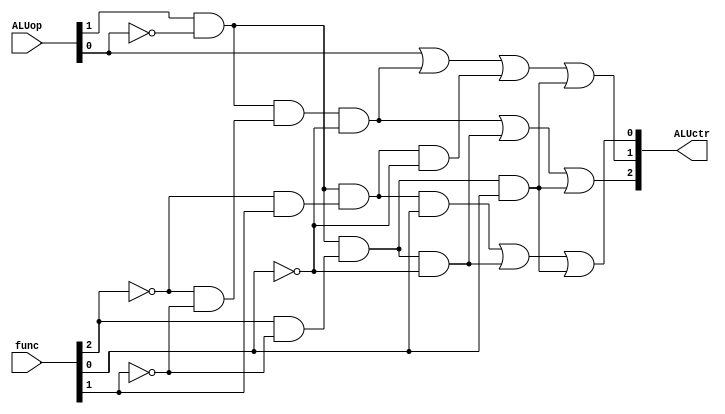
module ALU_control(

	input [1:0] ALUop,
	input [2:0] func,
	output [2:0] ALUctr
	
);

wire [9:0] temp1, temp2, temp3;
wire notP0;
wire [2:0] notfunc;

//C2 = P1P0F2F1F0 + P1P0F2F1F0 + P1P0F2F1F0

not no(notP0, ALUop[0]);			//P0'
not n1(notfunc[2], func[2]);		//F2'
not n2(notfunc[1], func[1]);		//F1'
not n3(notfunc[0], func[0]);		//F0'

and a1(temp1[9],ALUop[1], notP0);			//P1P0'
and a2(temp1[8],notfunc[2], notfunc[1]);	//F2'F1'
and a3(temp1[7], temp1[9], temp1[8]); 		//P1P0'F2'F1'
and a4(temp1[6], temp1[7], notfunc[0]);	//P1P0'F2'F1'F0'

and a5(temp1[5], func[2], notfunc[1]); 	//F2F1'
and a6(temp1[4], temp1[9], temp1[5]);		//P1P0'F2F1'
and a7(temp1[3], temp1[4], notfunc[0]);	//P1P0'F2F1'F0'

and a8(temp1[2], temp1[9], temp1[5]);		//P1P0'F2F1'
and a9(temp1[1],temp1[2], func[0]);			//P1P0'F2F1'F0

or o1(temp1[0], temp1[6], temp1[3]); 		//P1P0'F2'F1'F0' + P1P0'F2F1'F0'
or o2(ALUctr[2], temp1[0], temp1[1]);		//C2 = P1P0F2F1F0 + P1P0F2F1F0 + P1P0F2F1F0

/********************************************************************************************************/

//C1 = P0 + P1P0F2F1F0 + P1P0F2F1F0 + P1P0F2F1F0
and a10(temp2[9], notfunc[2], func[1]);		//F2'F1
and a11(temp2[8], temp1[9], temp2[9]);			//P1P0'F2'F1
and a12(temp2[7], temp2[8], notfunc[0]);		//P1P0'F2'F1F0'

or o3(temp2[6], ALUop[0], temp1[6]);			//P0 + P1P0'F2'F1'F0'
or o4(temp2[5], temp2[6], temp2[7]);			//P0 + P1P0F2F1F0 + P1P0F2F1F0
or o5(ALUctr[1], temp2[5], temp1[1]);			//C1 = P0 + P1P0F2F1F0 + P1P0F2F1F0 + P1P0F2F1F0

/********************************************************************************************************/

//C0 = P1P0F2F1F0 + P1P0F2F1F0 + P1P0F2F1F0
and a13(temp3[9], temp2[8], func[0]);		//P1P0F2F1F0

or o6(temp3[8], temp3[9], temp1[3]);		//P1P0F2F1F0 + P1P0F2F1F0
or o7(ALUctr[0], temp3[8], temp1[1]);		//C0 = P1P0F2F1F0 + P1P0F2F1F0 + P1P0F2F1F0

/********************************************************************************************************/

endmodule